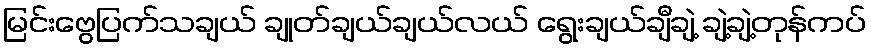
မြင်းဗွေပြက်သချယ် ချုတ်ချယ်ချယ်လယ် ရွေးချယ်ချီချဲ့ ချဲ့ချဲ့တုန်ကပ်